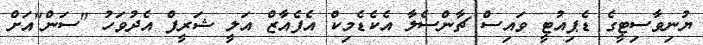
ޔުނިވާސިޓީގެ ޑެޕިއުޓީ ވައިސް ޗާންސެލާ އެކެޑެމިކް އެފެއާޒް އަލީ ޝަރީފް އެދުވަހު "ސަން"އަށް